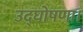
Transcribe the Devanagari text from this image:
उद्घोषणा।